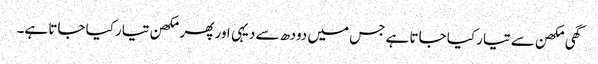
گھی مکھن سے تیار کیا جاتا ہے جس میں دودھ سے دیہی اور پھر مکھن تیار کیا جاتا ہے۔